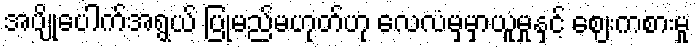
အပျိုပေါက်အရွယ် ပြုမည်မဟုတ်ဟု လေလံမှမှာယူမှုနှင့် ဈေးကစားမှု